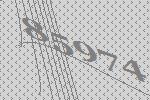
85974